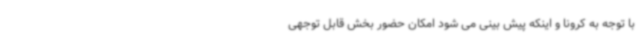
با توجه به کرونا و اینکه پیش بینی می شود امکان حضور بخش قابل توجهی